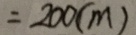
= 2 0 0 ( m )